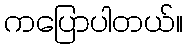
ကပြောပါတယ်။